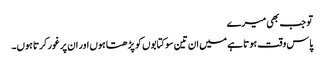
تو جب بھی میرے
پاس وقت ہوتا ہے میں ان تین سو کتابوں کو پڑھتا ہوں اور ان پر غور کرتا ہوں۔